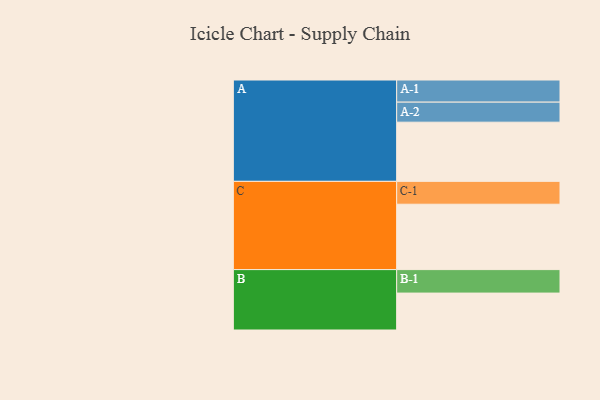
{"axis": {"x": "Segment", "y": "Value"}, "legend": ["", "A", "B", "C"], "data": [{"x": "A", "y": 484, "type": ""}, {"x": "B", "y": 302, "type": ""}, {"x": "C", "y": 535, "type": ""}, {"x": "A-1", "y": 181, "type": "A"}, {"x": "A-2", "y": 164, "type": "A"}, {"x": "B-1", "y": 192, "type": "B"}, {"x": "C-1", "y": 187, "type": "C"}]}